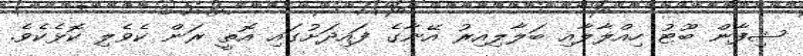
ޝިފާން ބޫޓު ހިއްލާލާއި ބަލާލިއިރު އޭނާގެ ފައިދަށުގައި އޮތީ ރަން ކެވެލި ކޮޅެކެވެ.